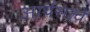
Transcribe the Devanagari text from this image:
आर्यसत्वे